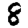
Digit: 8